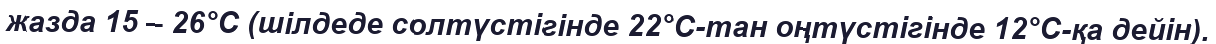
жазда 15 – 26°С (шілдеде солтүстігінде 22°С-тан оңтүстігінде 12°С-қа дейін).